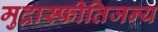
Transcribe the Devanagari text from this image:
मुद्रास्फीतिजन्य